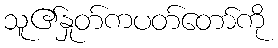
သူ၏နှုတ်ကပတ်တော်ကို